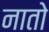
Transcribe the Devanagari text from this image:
नातो